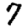
Digit: 7